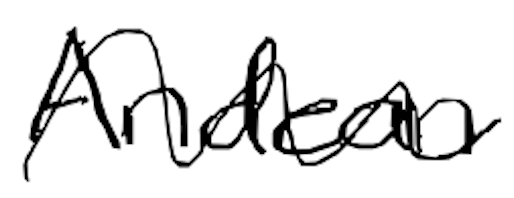
Text: Andean
Cross-out: wave
Writing tool: digital_black